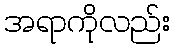
အရာကိုလည်း